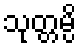
သုတ္တမ္ပိ